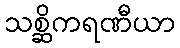
သစ္ဆိကရဏီယာ